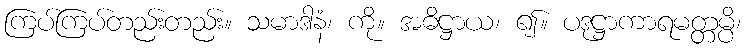
ကြပ်ကြပ်တည်းတည်း။ သမာဒါနံ၊ ကို။ အဓိဋ္ဌာယ၊ ၍။ ပဒုဋ္ဌာကာရမတ္တမ္ပိ၊